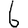
Digit: 6